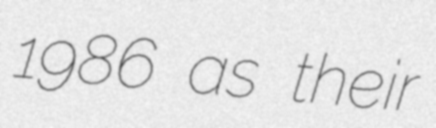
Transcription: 1986 as their